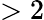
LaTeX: >2